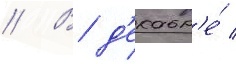
// В д'екабр'е́ /